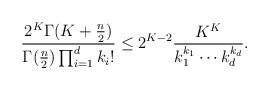
LaTeX: \begin{align*}\frac{2^K\Gamma(K+\frac{n}{2})}{\Gamma(\frac{n}{2})\prod_{i=1}^d k_i!}\le 2^{K-2} \frac{ K^K}{k_1^{k_1}\cdots k_d^{k_d}}.\end{align*}